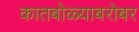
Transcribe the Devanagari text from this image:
कातबोळ्याबरोबर